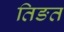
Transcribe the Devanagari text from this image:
तिङत